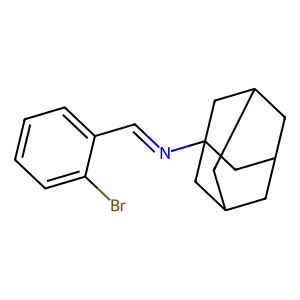
SMILES: Brc1ccccc1C=NC12CC3CC(CC(C3)C1)C2
Inhibits HIV replication: No